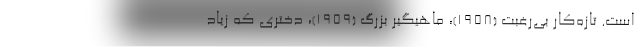
است. تازه‌کار بی‌رغبت (۱۹۵۸)، ماهیگیر بزرگ (۱۹۵۹)، دختری که زیاد